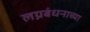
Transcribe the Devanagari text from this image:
लग्नबंधनाच्या